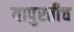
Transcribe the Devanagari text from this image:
यापुरतीच